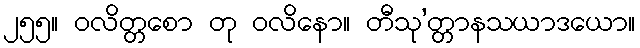
၂၅၅။ ဝလိတ္တစော တု ဝလိနော။ တီသု’တ္တာနသယာဒယော။